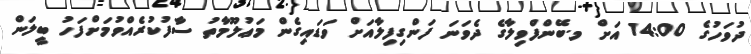
ދުވަހުގެ 14:00 އަށް މ.ބޭންފްވިލާގެ ދެވަނަ ފަންގިފިލާއަށް ވަޑައިގެން މަޢުލޫމާތު ސާފުކުރެއްވުމަށްފަހު ބީލަން